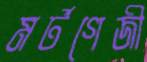
মর্টগেজী